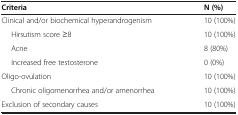
<table><thead><tr><td><b>Criteria</b></td><td><b>N (%)</b></td></tr></thead><tbody><tr><td>Clinical and/or biochemical hyperandrogenism</td><td>10 (100%)</td></tr><tr><td>Hirsutism score ≥8</td><td>10 (100%)</td></tr><tr><td>Acne</td><td>8 (80%)</td></tr><tr><td>Increased free testosterone</td><td>0 (0%)</td></tr><tr><td>Oligo-ovulation</td><td>10 (100%)</td></tr><tr><td>Chronic oligomenorrhea and/or amenorrhea</td><td>10 (100%)</td></tr><tr><td>Exclusion of secondary causes</td><td>10 (100%)</td></tr></tbody></table>